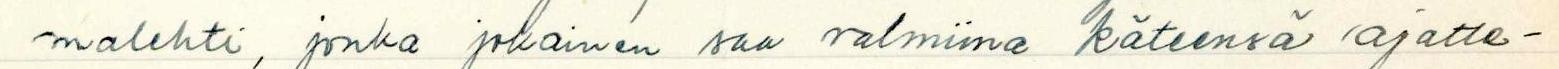
malehti, jonka jokainen saa valmiina käteensä ajatte-